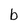
Character: b